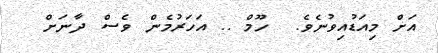
އަށް މިއަޑުއިވުނެވެ.  ހޫމް .. އަހަރުމެން ވެސް ދާނަށް